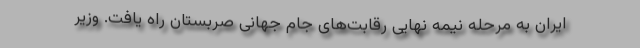
ایران به مرحله نیمه نهایی رقابت‌های جام جهانی صربستان راه یافت. وزیر